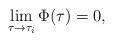
LaTeX: \begin{align*}\lim_{\tau\to\tau_{i}}\Phi(\tau)=0,\end{align*}